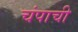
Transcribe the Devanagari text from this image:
चंपाची